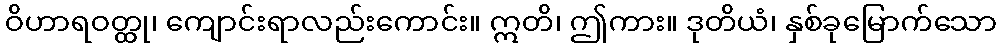
ဝိဟာရဝတ္ထု၊ ကျောင်းရာလည်းကောင်း။ ဣတိ၊ ဤကား။ ဒုတိယံ၊ နှစ်ခုမြောက်သော